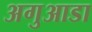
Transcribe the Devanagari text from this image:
अगुआडा